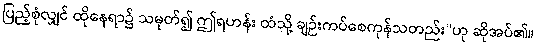
ပြည့်စုံလျှင် ထိုနေရာ၌ သမုတ်၍ ဤရဟန်း ထံသို့ ချဉ်းကပ်စေကုန်သတည်း”ဟု ဆိုအပ်၏။